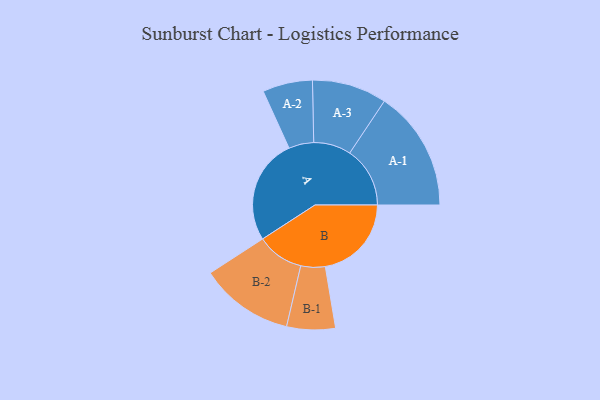
{"axis": {"x": "Segment", "y": "Value"}, "legend": ["", "A", "B"], "data": [{"x": "A", "y": 460, "type": ""}, {"x": "B", "y": 376, "type": ""}, {"x": "A-1", "y": 263, "type": "A"}, {"x": "A-2", "y": 109, "type": "A"}, {"x": "A-3", "y": 163, "type": "A"}, {"x": "B-1", "y": 106, "type": "B"}, {"x": "B-2", "y": 205, "type": "B"}]}